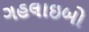
ગહલાઇબો